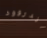
أندروود